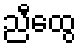
ညီထွေ